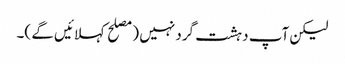
لیکن آپ دہشت گرد نہیں (مصلح کہلائیں گے )۔